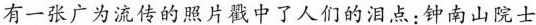
有一张广为流传的照片戳中了人们的泪点：钟南山院士